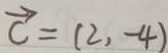
\overrightarrow { c } = ( 2 , - 4 )